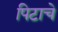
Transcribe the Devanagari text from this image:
पिटाचे